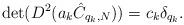
LaTeX: \begin{align*}\det (D^2 (a_k \hat C_{q_k, N})) = c_k \delta_{q_k}.\end{align*}